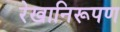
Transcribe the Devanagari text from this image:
रेखानिरूपण